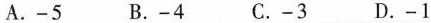
A.-5 B.-4 C.-3 D.-1